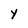
Character: Y